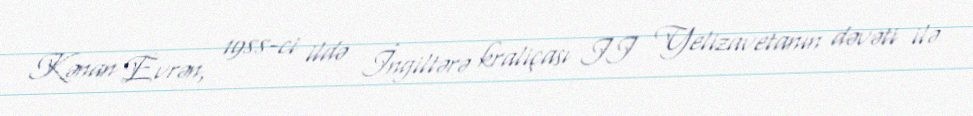
Kənan Evrən, 1988-ci ildə İngiltərə kraliçası II Yelizavetanın dəvəti ilə